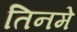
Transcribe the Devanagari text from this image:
तिनमे